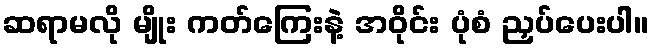
ဆရာမလို မျိုး ကတ်ကြေးနဲ့ အဝိုင်း ပုံစံ ညှပ်ပေးပါ။